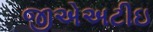
જીએઅટીઇ